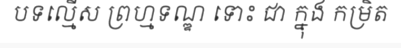
បទល្មើស ព្រហ្មទណ្ឌ ទោះ ជា ក្នុង កម្រិត